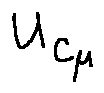
u _ { c _ { \mu } }